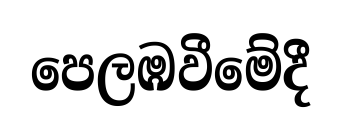
පෙලඹවීමේදී